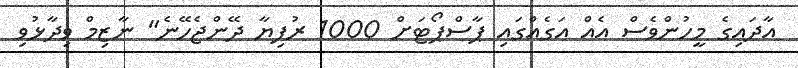
އާދައިގެ މީހުންވެސް އެއް އަގެއްގައި ޕާސްޕޯޓަށް 1000 ރުފިޔާ ދޭންޖެހޭނެ" ނާޒިމް ވިދާޅުވި